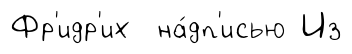
Фр'идр'их на́дп'исью Из